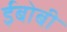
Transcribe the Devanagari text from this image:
ईबोबी